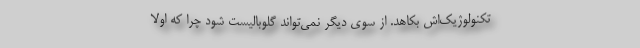
تکنولوژیک‌اش بکاهد. از سوی دیگر نمی‌تواند گلوبالیست شود چرا که اولاً